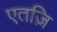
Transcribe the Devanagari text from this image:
एतज़ि